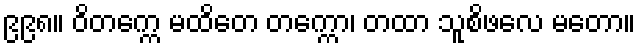
၉၉၈။ ဝိတက္ကေ မထိတေ တက္ကော၊ တထာ သူစိဖလေ မတော။